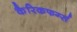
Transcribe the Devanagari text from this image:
कैरिकफर्ग्स